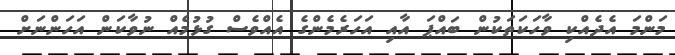
މަންމަ އެދެއްކި ވާހަކަތަކުން ބައްޕަ އާއި އަހަރެމެންގެ އެއްވެސް ގުޅުމެއް ނުވާކަން އަހަންނަށް